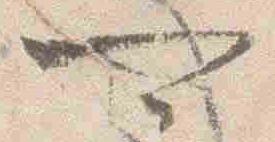
可